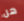
هل